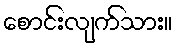
စောင်းလျက်သား။